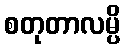
စတုတာလမ္ပိ